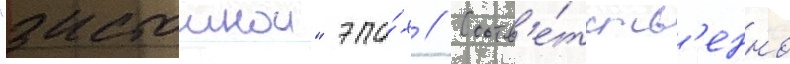
"застоинои" эпо́х // Соотв'е́тств'енно